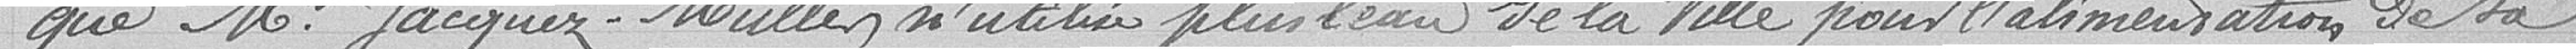
que M. Jaques-Muller n'utilise plus l'eau de la ville pour l'alimentation de sa